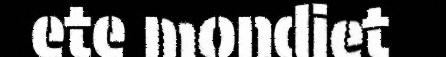
ete mondiet